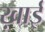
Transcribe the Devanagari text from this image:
ख़ाई